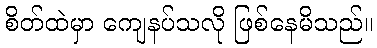
စိတ်ထဲမှာ ကျေနပ်သလို ဖြစ်နေမိသည်။